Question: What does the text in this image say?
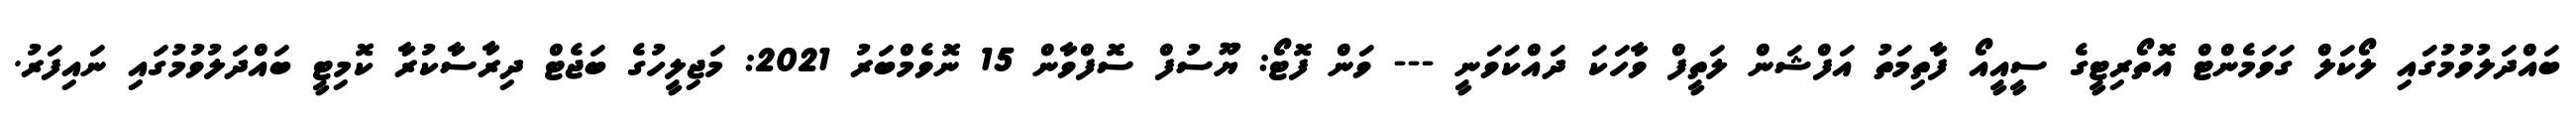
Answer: ބައްދަލުވުމުގައި ލޯކަލް ގަވަމެންޓް އޮތޯރިޓީގެ ސީއީއޯ ފާތިމަތު އަފްޝަން ލަތީފް ވާހަކަ ދައްކަވަނީ --- ވަން ފޮޓޯ: ޔޫސުފް ސޮފްވާން 15 ނޮވެމްބަރު 2021: މަޖިލީހުގެ ބަޖެޓް ދިރާސާކުރާ ކޮމިޓީ ބައްދަލުވުމުގައި ނައިފަރު.